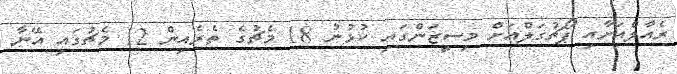
ރެއާލްއަށާއި ޕޯޗުގަލްއަށް މިސީޒަންގައި ކުޅުނު 18 މެޗުގެ ތެރެއިން 12 މެޗުގައި އޭނާ